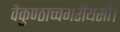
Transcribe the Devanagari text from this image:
वैकुण्ठाच्चगरीयसी।